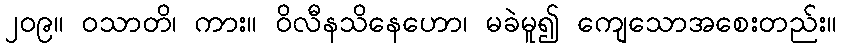
၂၀၉။ ဝသာတိ၊ ကား။ ဝိလီနသိနေဟော၊ မခဲမူ၍ ကျေသောအစေးတည်း။